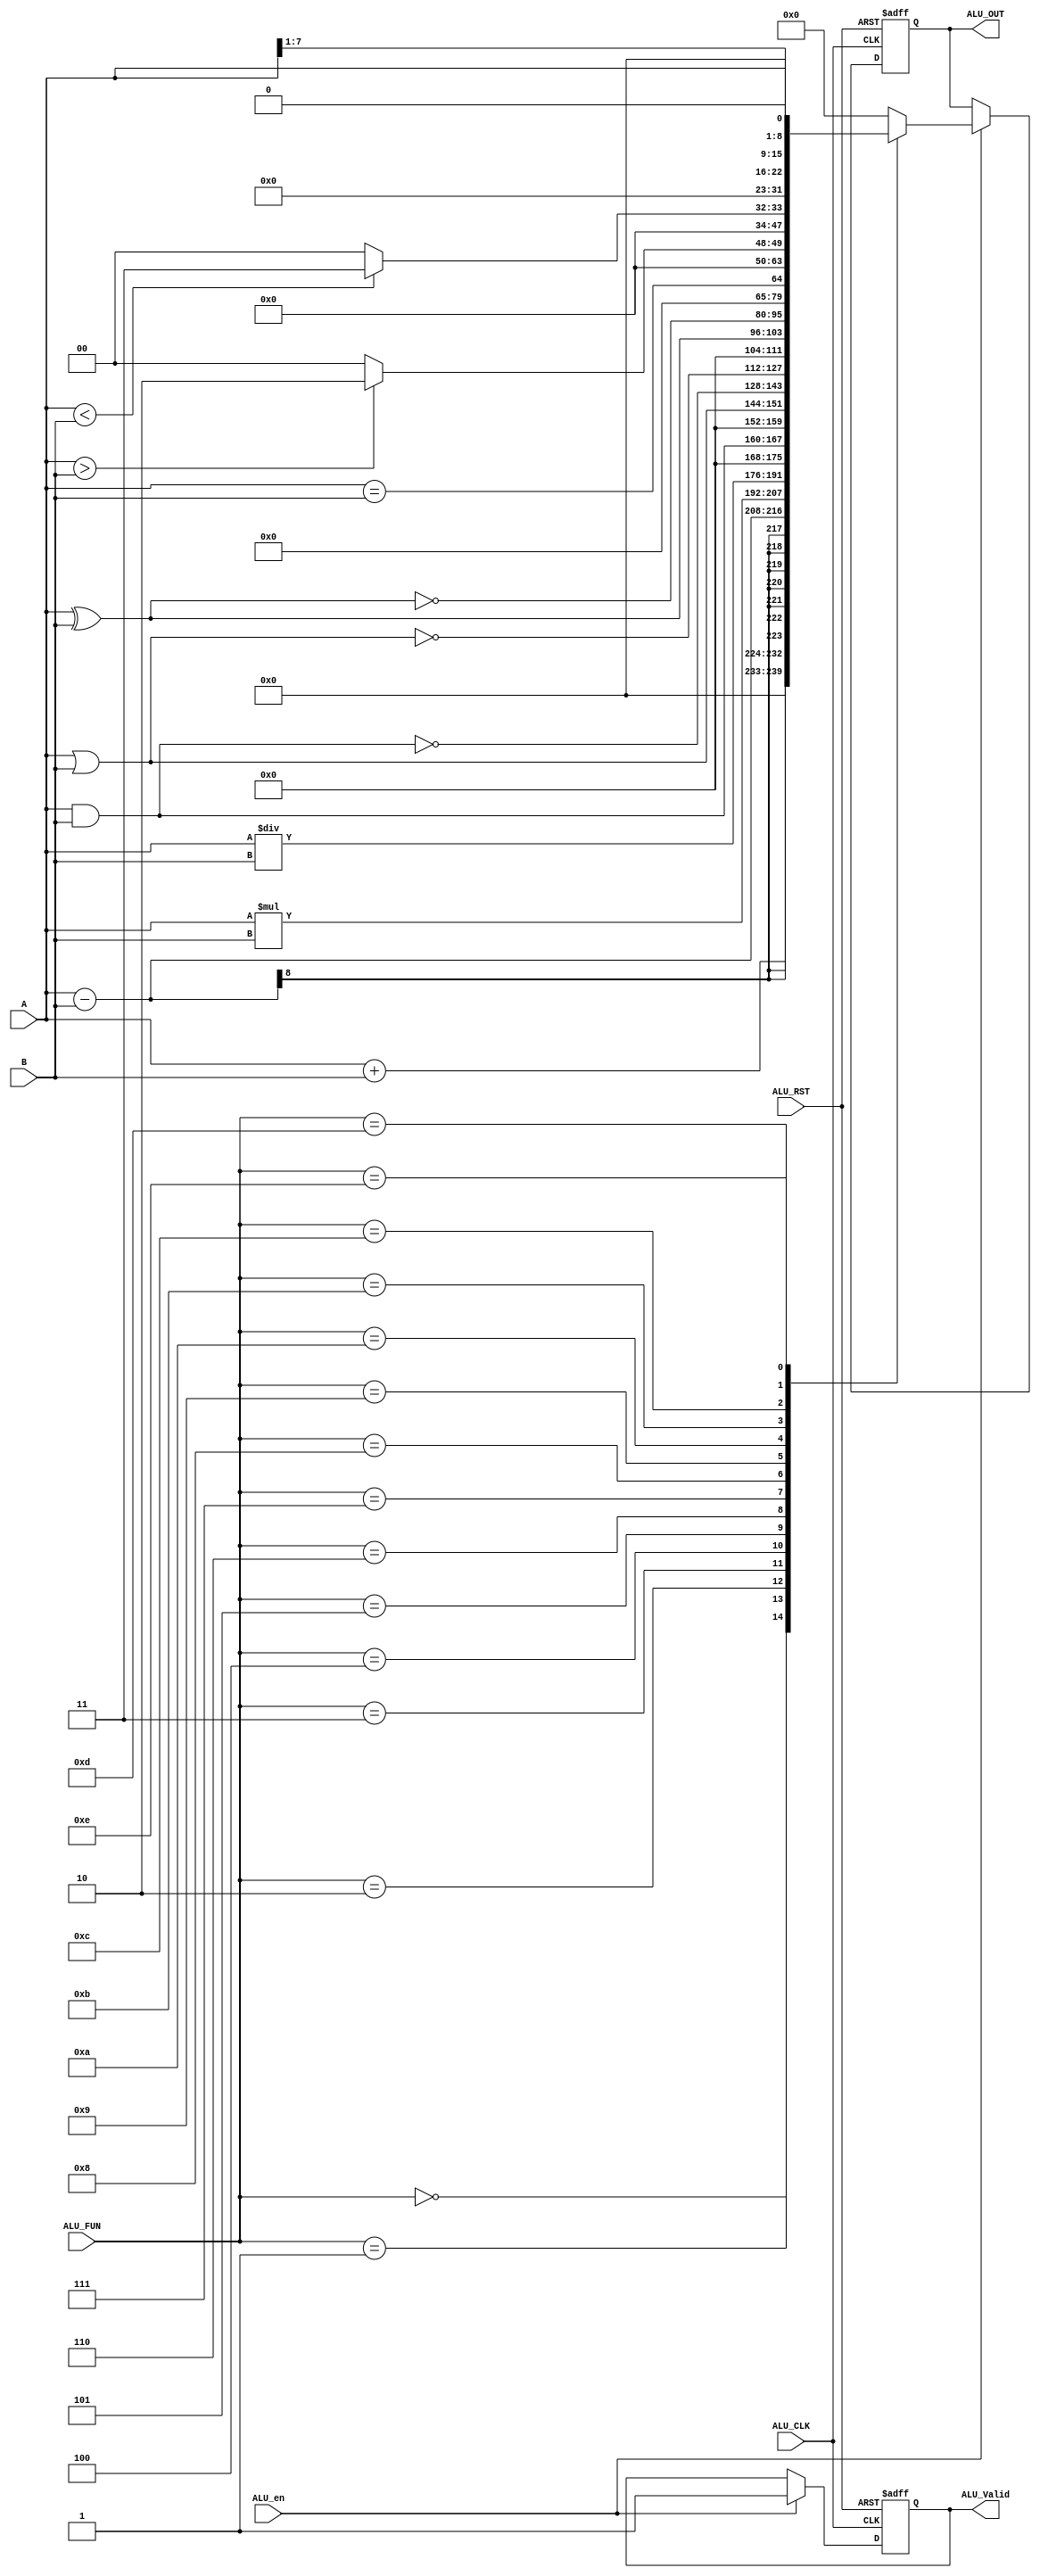
// TYPE: module
// DEPARTMENT: communication and electronics department
// AUTHOR EMAIL: mina.hannaone@gmail.com
//------------------------------------------------
// Release history
// VERSION DATE AUTHOR DESCRIPTION
// 1.0 15/8/2022 Mina Hanna final version
//------------------------------------------------
// KEYWORDS: ALU, parameterized ALU 
//------------------------------------------------
// PURPOSE: ALU for the uart system\
//////////////////defining inputs and output port////////////////////
module ALU #(parameter WIDTH = 8)(
  input     wire     [WIDTH-1:0]     A,
  input     wire     [WIDTH-1:0]     B,
  input     wire                     ALU_en,
  input     wire                     ALU_CLK,
  input     wire                     ALU_RST,
  input     wire     [3:0]           ALU_FUN,
  output    reg      [2*WIDTH-1 :0]  ALU_OUT,
  output    reg                      ALU_Valid );
  
  reg     [2*WIDTH-1 :0]     ALU_Comb ;
  wire                       ALU_Valid_Comb;
  
  always@(posedge ALU_CLK or negedge ALU_RST)
  begin
    if(!ALU_RST)
      begin
        ALU_OUT <= 'b0;
        ALU_Valid <= 1'b0;
      end
    else if(ALU_en)
      begin
        ALU_OUT <= ALU_Comb;
        ALU_Valid <= ALU_Valid_Comb;
      end 
  end
  
  always@(*)
  begin
  case(ALU_FUN)
  4'b0000: ALU_Comb = A + B ;
  4'b0001: ALU_Comb = A - B ;
  4'b0010: ALU_Comb = A * B ;
  4'b0011: ALU_Comb = A / B ;
  4'b0100: ALU_Comb = A & B ;
  4'b0101: ALU_Comb = A | B ;
  4'b0110: ALU_Comb = ~(A & B) ;
  4'b0111: ALU_Comb = ~(A | B) ;
  4'b1000: ALU_Comb = A ^ B ;
  4'b1001: ALU_Comb = ~(A ^ B) ;
  4'b1010: ALU_Comb = (A==B) ;
  4'b1011:  if (A>B) 
              begin
                ALU_Comb = 16'b10 ;
              end
            else
              begin
                ALU_Comb = 16'b0 ;
              end
  4'b1100:  if (A<B) 
              begin
                ALU_Comb = 16'b11 ;
              end
            else
              begin
                ALU_Comb = 16'b0 ;
              end             
  4'b1101: ALU_Comb = A >> 1 ;
  4'b1110: ALU_Comb = A << 1 ;
  default : ALU_Comb = 16'b0 ;
endcase
end

assign ALU_Valid_Comb = ALU_en?1'b1:1'b0;

endmodule